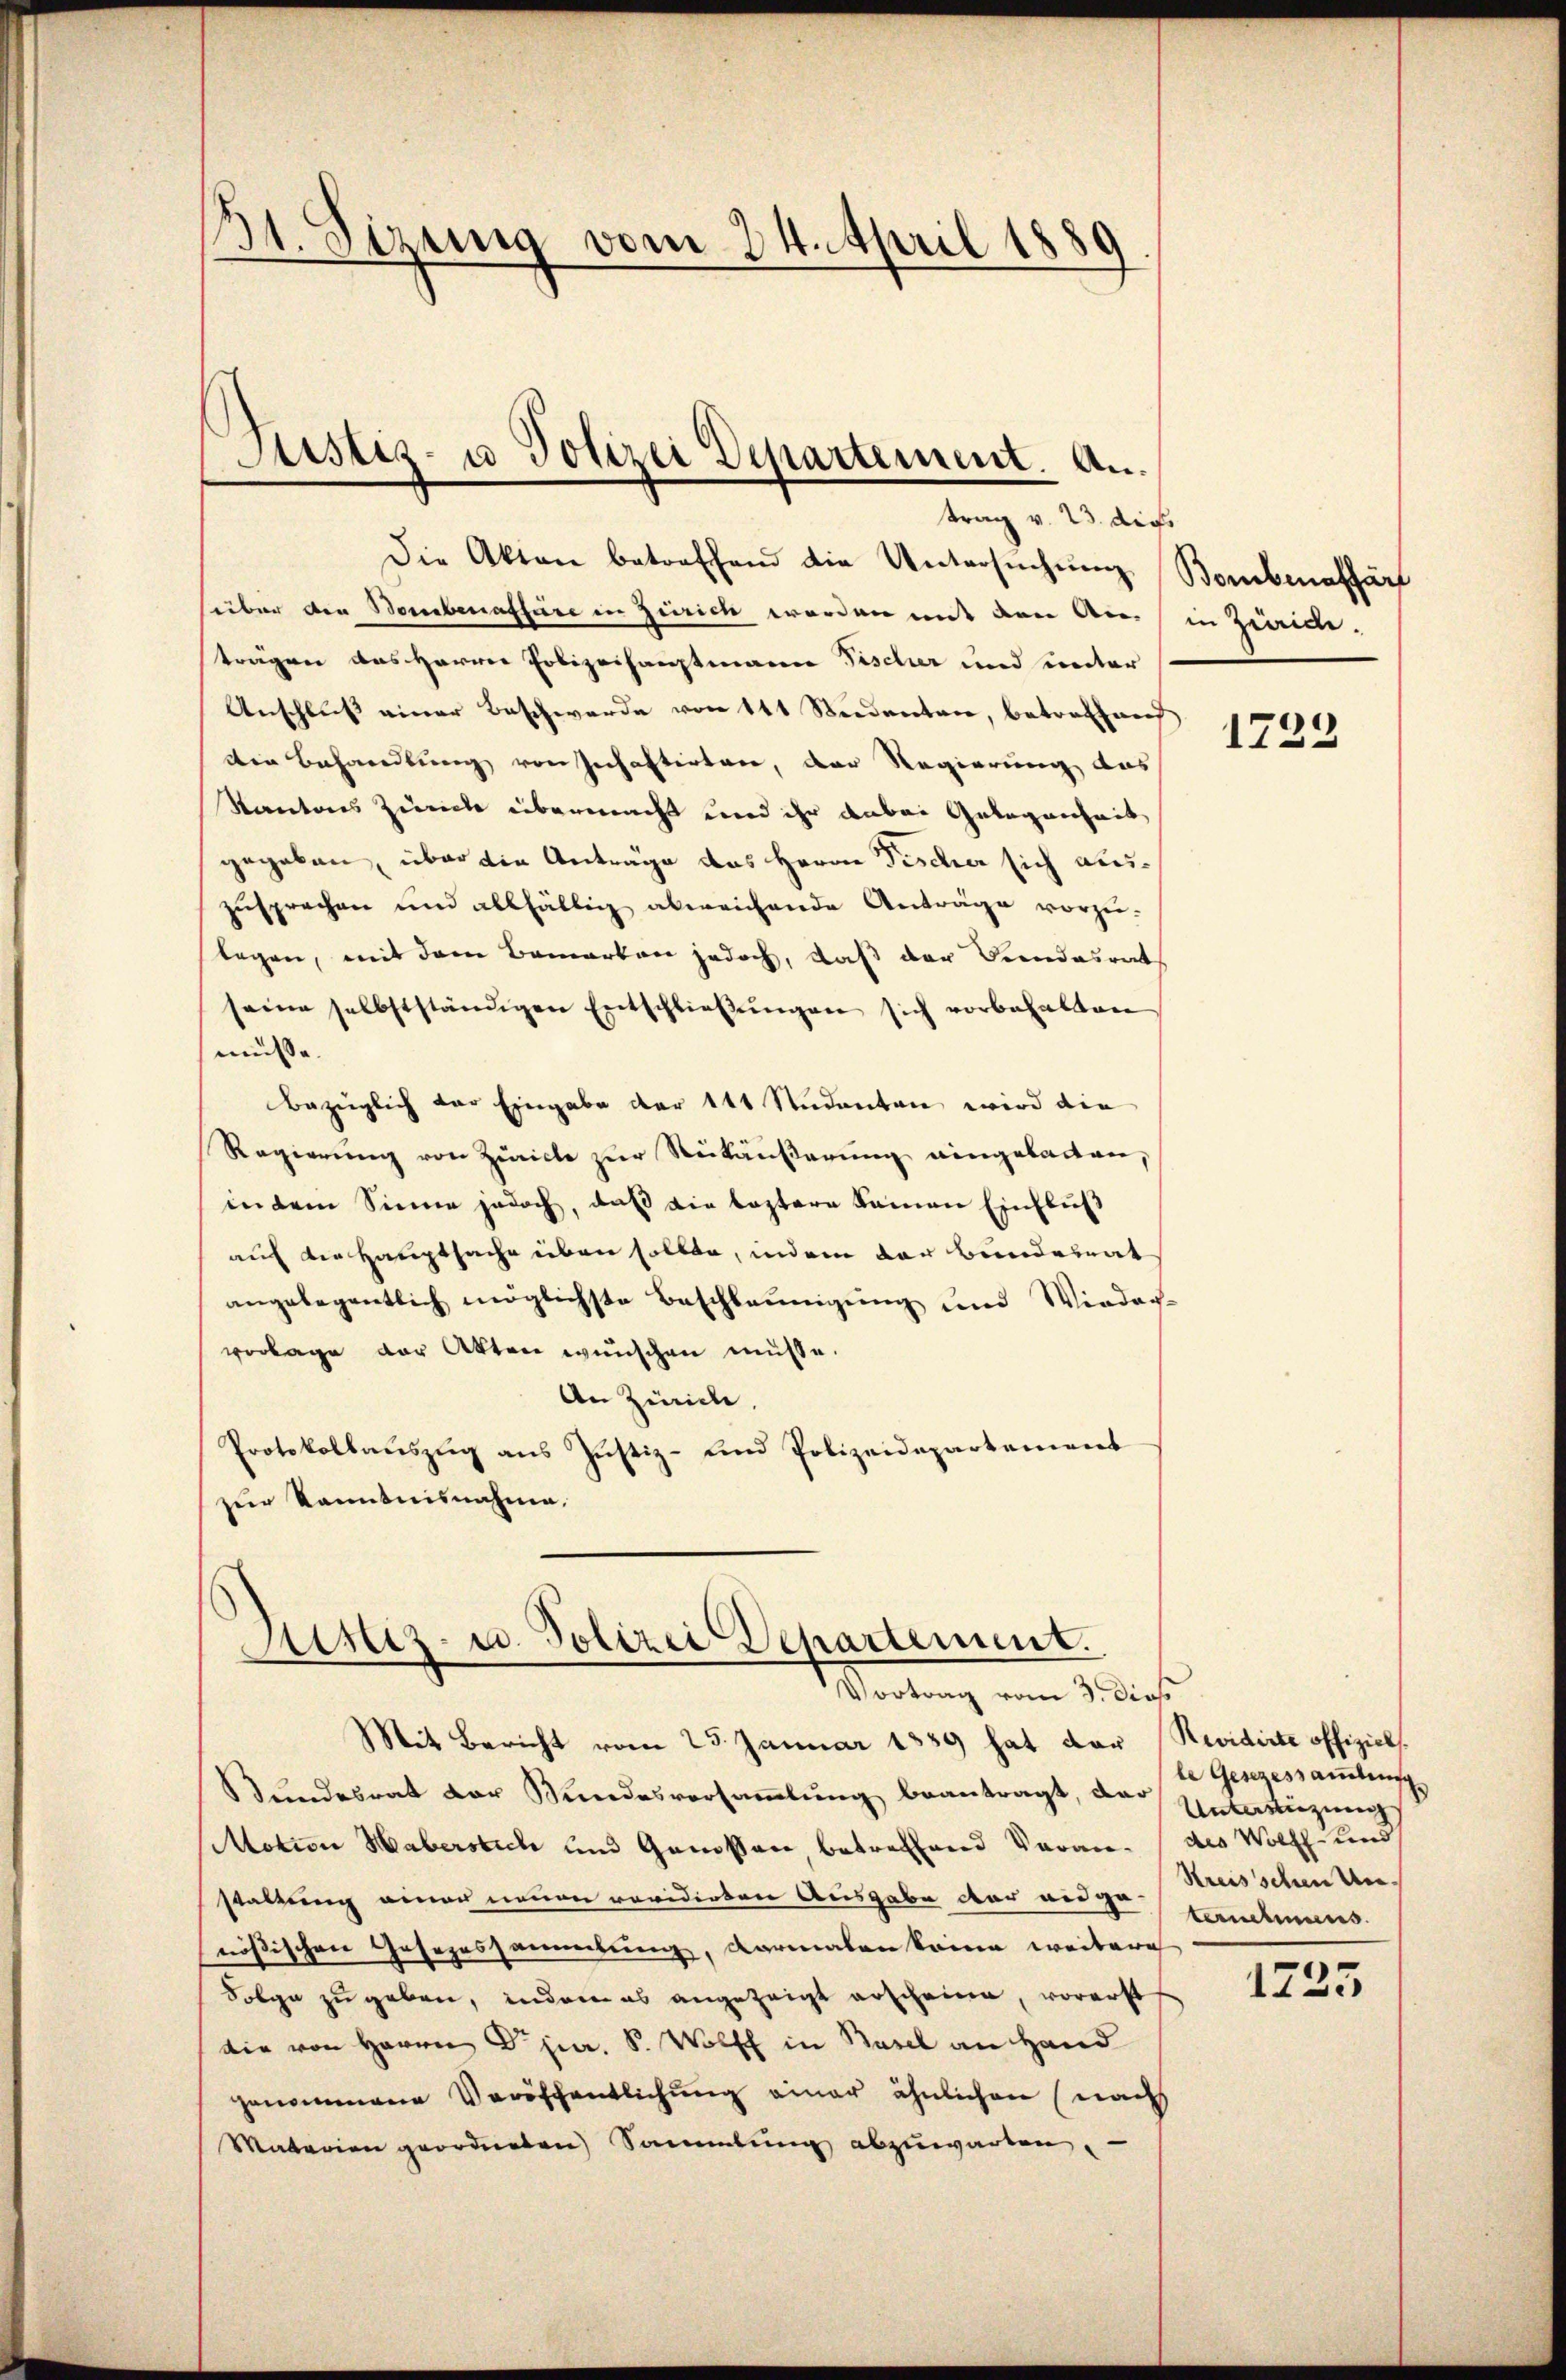
31. Sizung vom 24. April 1889

Justiz- u Polizei Departement. An¬

trag v. 23. dies
Die Akten betreffend die Untersuchung Bombenaffärf
über den Bombenaffäre in Zürich worden mit den Anein Zweide.
trägen das Herren Polizeihauptmann Fischer und unter
Anschluß einer Beschwerde von 111 Seidenten, betreffend
den Behandlung von Inhaftirten, der Regierung des
Kantons Zürich übermacht und ihr anbei Gelegenheit
gegeben, über die Anträge das Herrn Fischer sich auszusprechen und allfällig abweichende Anträge vorzu-
legen, mit dem Bemerken jedoch, daß der Bundesrat
seine selbstständigen Entschließungen sich vorbehalten
müsse.
Bezüglich der Eingabe der 141 Studenten wird die
Regierung von Zürich zur Rückäußerung eingeladen,
in dem Sinne jedoch, daß die leztere kamen Einfluß
auf die Hauptsache üben sollte, indem der Bunderat
angelegentlich möglichste Beschleunigung und Wieder-
vorlage der Akten wünschen müsse.
An Zürich
Protokollaŭszŭg ans Justiz- und Polizeidepartement
zur Kenntnisnahme.

Sistiz- u. Polizei Departement.
Vortrag vom 3. dies

Mit Bericht vom 25. Januar 1889 hat der Revidirte offiziel
Bundesrat der Bundesversammlung beantragt, der
Motion Haberstich und Genossen, betreffend Veran des Wolff und
staltung einer neuen revidirten Ausgabe der ange standhaus
nößischen Gesezessammlung, darmalen könne weitere
Folge zu geben, indem es angezeigt erscheine, vorerst
die von Herrn Dr. jur. S. Wolff in Basel an Hand
genommene Veröffentlichung einer ähnlichen (nach
Matarian geordneten Sammlung abzuwarten.

1723.

le Gesezessammlung
Unterstüzung
Streisschen Um¬

1225